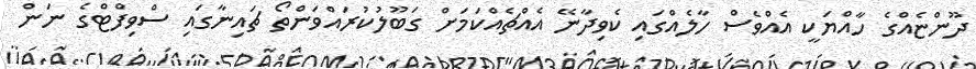
ދޫންޏެއްގެ ހާއްޔަކީ އެއްވެސް ހާލެއްގައި ކެވިދާނޭ އެއްޗެއްކަމަށް ގަބޫލުކުރައްވަންތޯ ޗައިނާގައި ސްވިފްޓްގެ ނަން